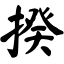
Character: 揆